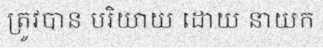
ត្រូវបាន បរិយាយ ដោយ នាយក